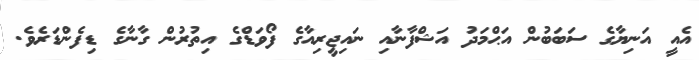
އެއީ އަނިޔާގެ ސަބަބުން އަޙްމަދު އަޝްފާނާއި ނައިޖީރިއާގެ ފޯވަޑްގެ އިތުރުން ގާނާގެ ޑިފެންޑަރެވެ.